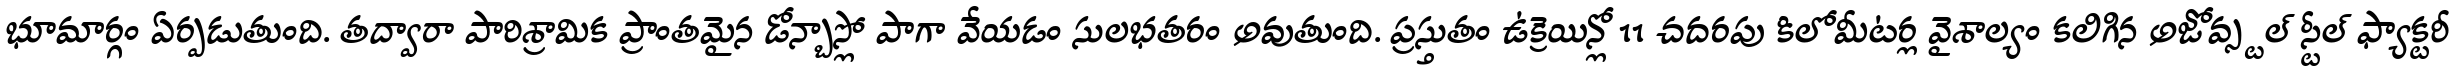
భూమార్గం ఏర్పడుతుంది. తద్వారా పారిశ్రామిక ప్రాంతమైన డోన్బాస్లో పాగా వేయడం సులభతరం అవుతుంది. ప్రస్తుతం ఉక్రెయిన్లో 11 చదరపు కిలోమీటర్ల వైశాల్యం కలిగిన అజోవ్స్టల్ స్టీల్ ఫ్యాక్టరీ